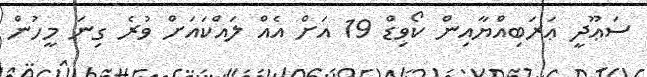
ސަޢޫދީ ޢަރަބިއްޔާއިން ކޯވިޑް 19 އަށް އެއް ލައްކައަށް ވުރެ ގިނަ މީހުން